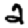
Digit: 2